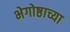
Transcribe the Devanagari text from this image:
भेगोष्ठाच्या